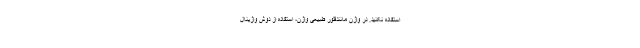
استفاده نکنید. در واژن مانندفلور طبیعی واژن، استفاده از دوش واژینال